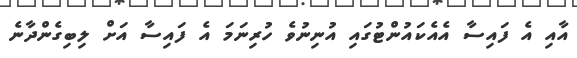
އާއި އެ ފައިސާ އެއެކައުންޓުގައި އުނިނުވެ ހުރިނަމަ އެ ފައިސާ އަށް ލިބިގެންދާނެ